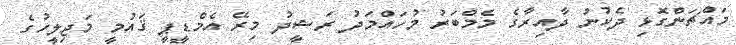
މައްޗަންގޮޅި ދެކުނު ދާއިރާގެ މެމްބަރު މުހައްމަދު ރަޝީދު މިރޭ އެމްޑީޕީ ޤައުމީ މަޖިލީހުގެ